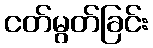
ငတ်မွတ်ခြင်း